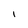
Character: l